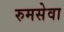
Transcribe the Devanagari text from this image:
रुमसेवा